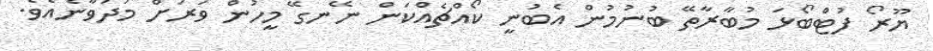
ޔޫރޯ ފުޓްބޯޅަ މުބާރާތޭ ބުނުމުން އެބުނީ ކޯއްޗެއްކަން ނޭނގޭ މީހުން ވަރަށް މަދުވާނެއެވެ.